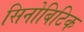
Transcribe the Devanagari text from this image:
सिनोबिटिक